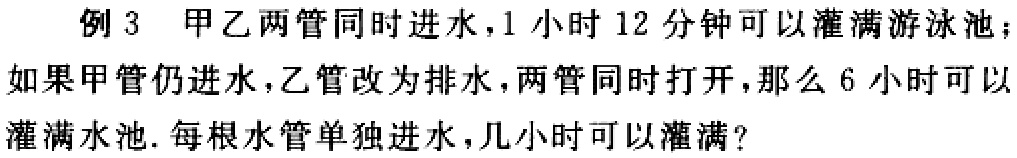
例 3 甲乙两管同时进水，1 小时 12 分钟可以灌满游泳池；如果甲管仍进水，乙管改为排水，两管同时打开，那么 6 小时可以灌满水池. 每根水管单独进水，几小时可以灌满？